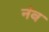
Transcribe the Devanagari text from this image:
नंब